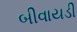
બીવાયડી